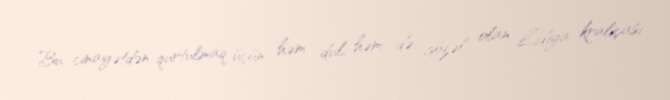
Bu cinayətdən qurtulmaq üçün həm dul, həm də gözəl olan Lidiya kraliçası